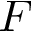
F